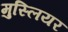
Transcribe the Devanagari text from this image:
मुस्लियर